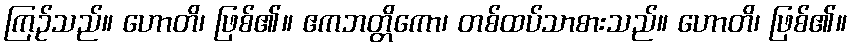
ကြဉ်သည်။ ဟောတိ၊ ဖြစ်၏။ ဧကဘတ္တိကော၊ တစ်ထပ်သာစားသည်။ ဟောတိ၊ ဖြစ်၏။